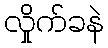
လှိုက်ခနဲ